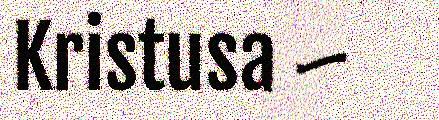
Kristusa –